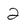
Character: 2